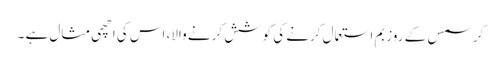
کرسمس کے روز بم استعمال کرنے کی کوشش کرنے والا، اس کی اچھی مثال ہے ۔